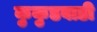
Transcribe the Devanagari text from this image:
कुकुडवाडी